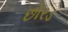
છોરડ